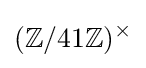
(\mathbb {Z} /41\mathbb {Z} )^{\times }